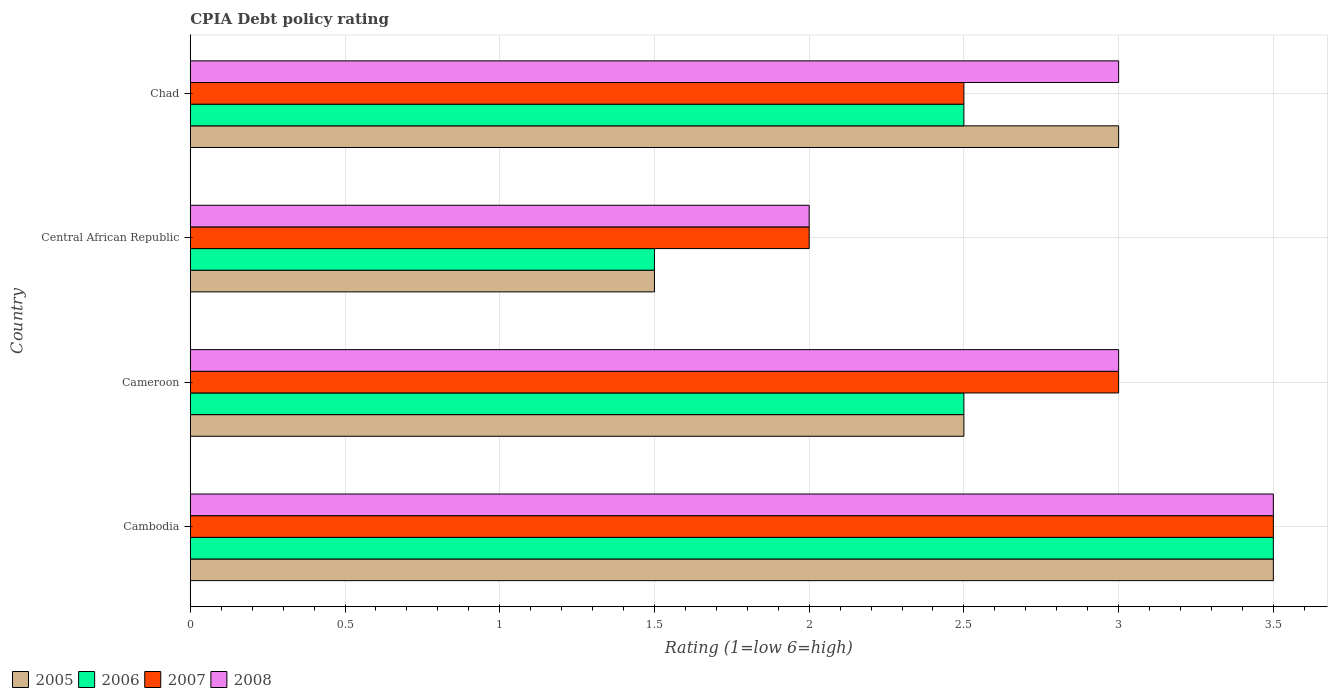
| Country | 2005 | 2006 | 2007 | 2008 |
 | --- | --- | --- | --- | --- |
 | Cambodia | 3.5 | 3.5 | 3.5 | 3.5 |
 | Cameroon | 2.5 | 2.5 | 3 | 3 |
 | Central African Republic | 1.5 | 1.5 | 2 | 2 |
 | Chad | 3 | 2.5 | 2.5 | 3 |